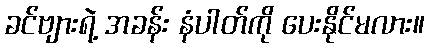
ခင်ဗျားရဲ့ အခန်း နံပါတ်ကို ပေးနိုင်မလား။